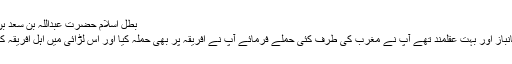
بطل اسلام حضرت عبداللہ بن سعد بن ابی سرح رضی اللہ عنہ​
آپ بہادر ، سرفروش ، جانباز اور بہت عقلمند تھے آپ نے مغرب کی طرف کئی حملے فرمائے آپ نے افریقہ پر بھی حملہ کیا اور اس لڑائی میں اہل افریقہ کا سردار جرجیر مارا گیا ۔